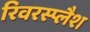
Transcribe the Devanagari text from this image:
रिवरस्प्लैश